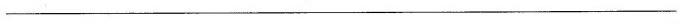
________